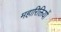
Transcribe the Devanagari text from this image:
महारिक्तियों